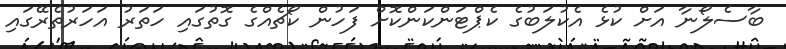
ބާސެލޯނާ އަށް ކުޅެ އެކުލަބުގެ ކެޕްޓަންކަންކޮށް ފަހުން ކޯޗެއްގެ ގޮތުގައި ހަތަރު އަހަރުތެރޭގައި